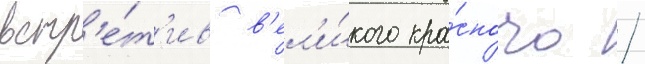
встр'е́т'ив в'ел'и́кого кра́сного /